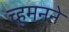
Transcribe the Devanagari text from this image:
च्हुमनने